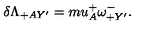
\delta \Lambda _ { + A Y ^ { \prime } } = m u _ { A } ^ { + } \omega _ { + Y ^ { \prime } } ^ { - } .